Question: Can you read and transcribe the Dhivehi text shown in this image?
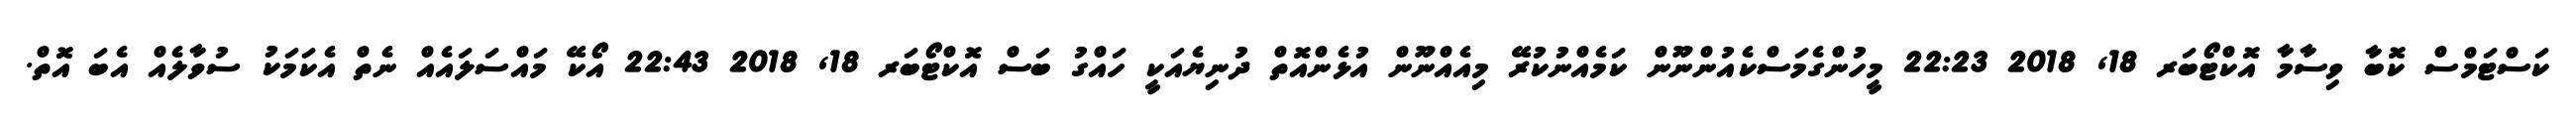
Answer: ކަސްޓަމްސް ކޮބާ ވިސާމާ އޮކްޓޯބަރ 18, 2018 22:23 މީހުންގެމަސްކެއުންނޫން ކަމެއްނުކުރޭ މިއެއްނޫން އުޅެންއޮތް ދުނިޔެއަކީ ހައްގު ބަސް އޮކްޓޯބަރ 18, 2018 22:43 އޯކޭ މައްސަލައެއް ނެތް އެކަމަކު ސުވާލެއް އެބަ އޮތް.